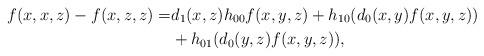
LaTeX: \begin{align*}f(x,x,z)-f(x,z,z)=&d_1(x,z) h_{00} f(x,y,z) + h_{10}(d_0(x,y)f(x,y,z))\\ &+ h_{01}(d_0(y,z)f(x,y,z)),\end{align*}